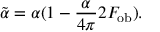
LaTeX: \tilde { \alpha } = \alpha ( 1 - \frac { \alpha } { 4 \pi } 2 F _ { \mathrm { o b } } ) .